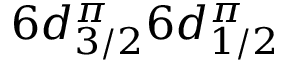
6 d _ { 3 / 2 } ^ { \pi } 6 d _ { 1 / 2 } ^ { \pi }